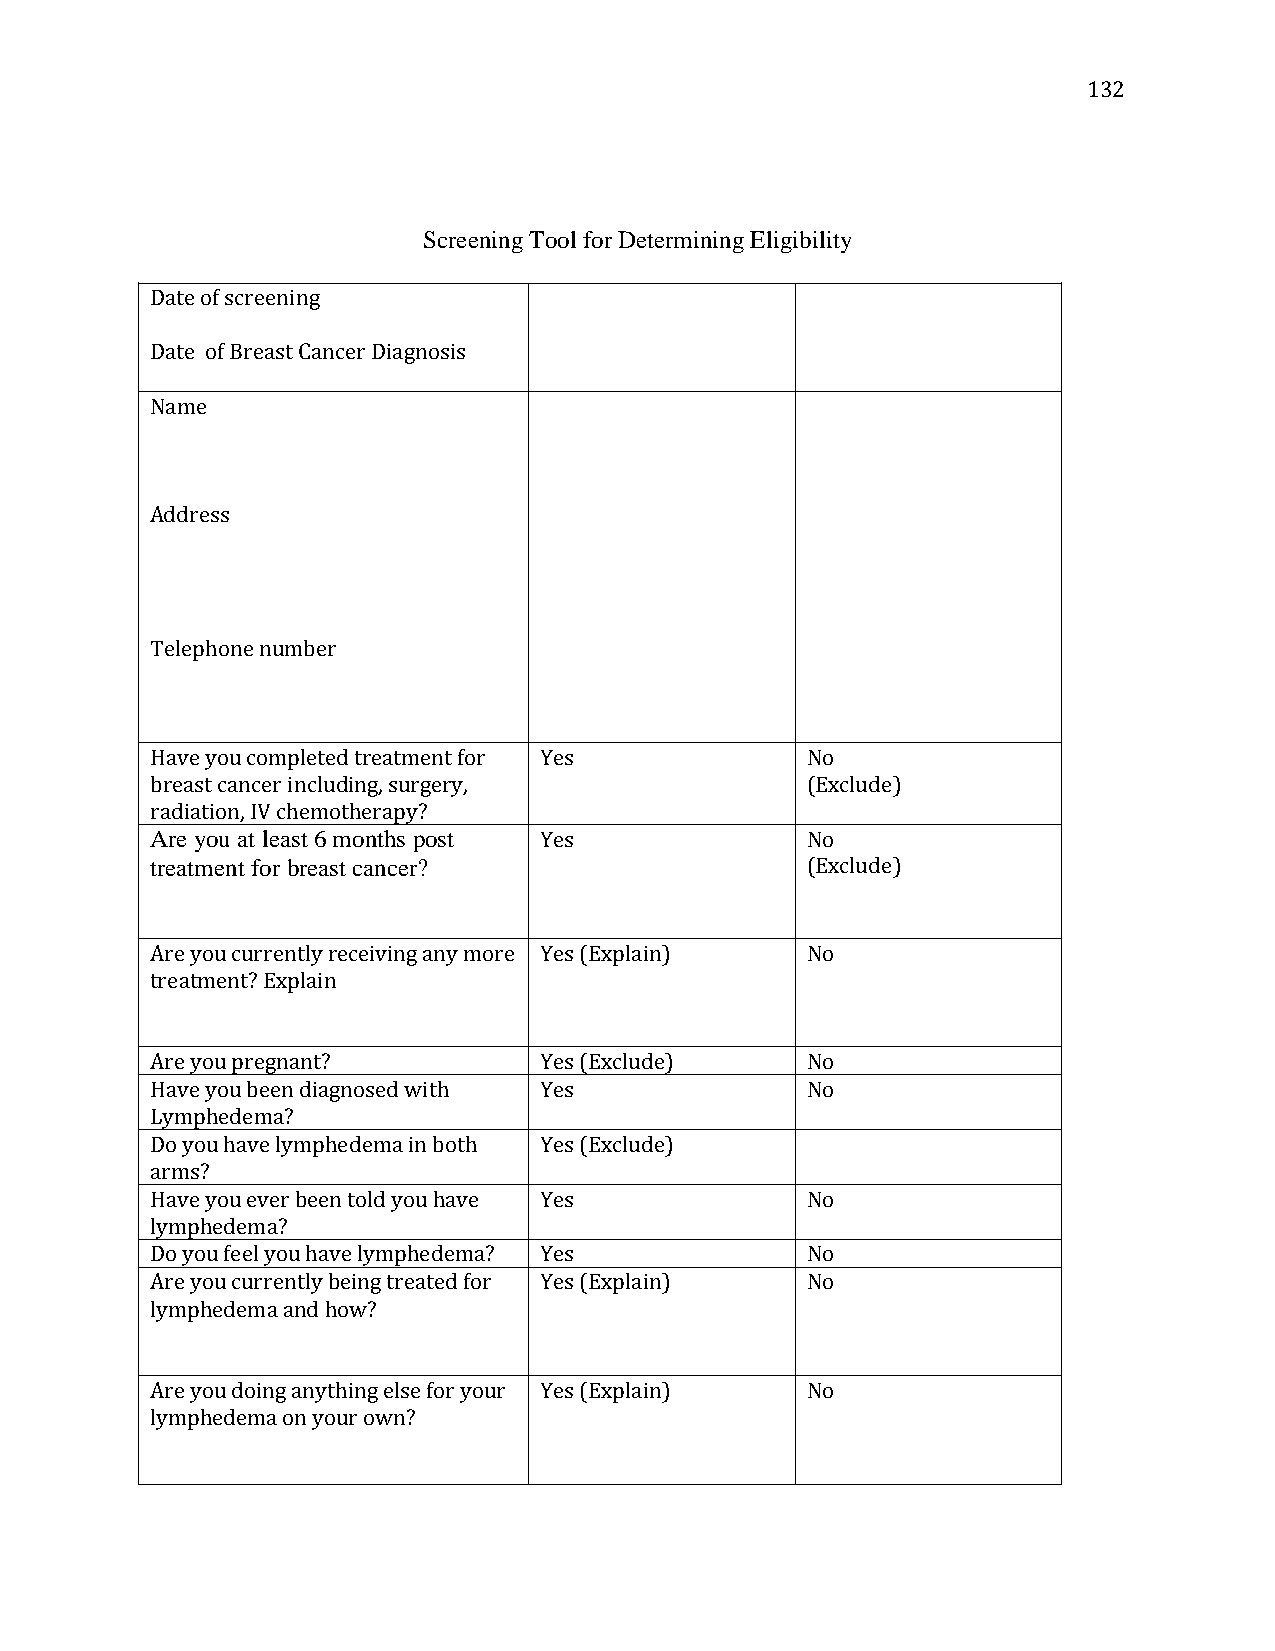
132
 Screening Tool for Determining Eligibility
 Date of screening
 Date of Breast Cancer Diagnosis
 Name
 Address
 Telephone number
 Have you completed treatment for Yes       No
 breast cancer including, surgery,          (Exclude)
 radiation, IV chemotherapy?
 Are you at least 6 months post Yes         No
 treatment for breast cancer?               (Exclude)
 Are you currently receiving any more Yes (Explain) No
 treatment? Explain
 Are you pregnant?         Yes (Exclude)    No
 Have you been diagnosed with Yes           No
 Lymphedema?
 Do you have lymphedema in both Yes (Exclude)
 arms?
 Have you ever been told you have Yes       No
 lymphedema?
 Do you feel you have lymphedema? Yes       No
 Are you currently being treated for Yes (Explain) No
 lymphedema and how?
 Are you doing anything else for your Yes (Explain) No
 lymphedema on your own?